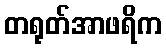
တရုတ်အာဖရိက